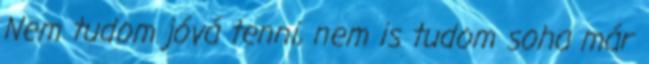
Nem tudom jóvá tenni, nem is tudom soha már